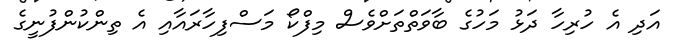
އަދި އެ ހުރިހާ ދަޅު މަހުގެ ބާވަތްތަށްވެސް މިފްކޯ މަސްފިހާރައާއި އެ ތިންކުންފުނީގެ